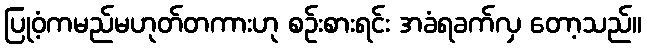
ပြုဝံ့ကမည်မဟုတ်တကားဟု စဉ်းစားရင်း အခံရခက်လှ တော့သည်။